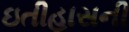
ઇતીહાસની